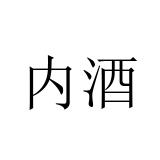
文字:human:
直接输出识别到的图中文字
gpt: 内酒